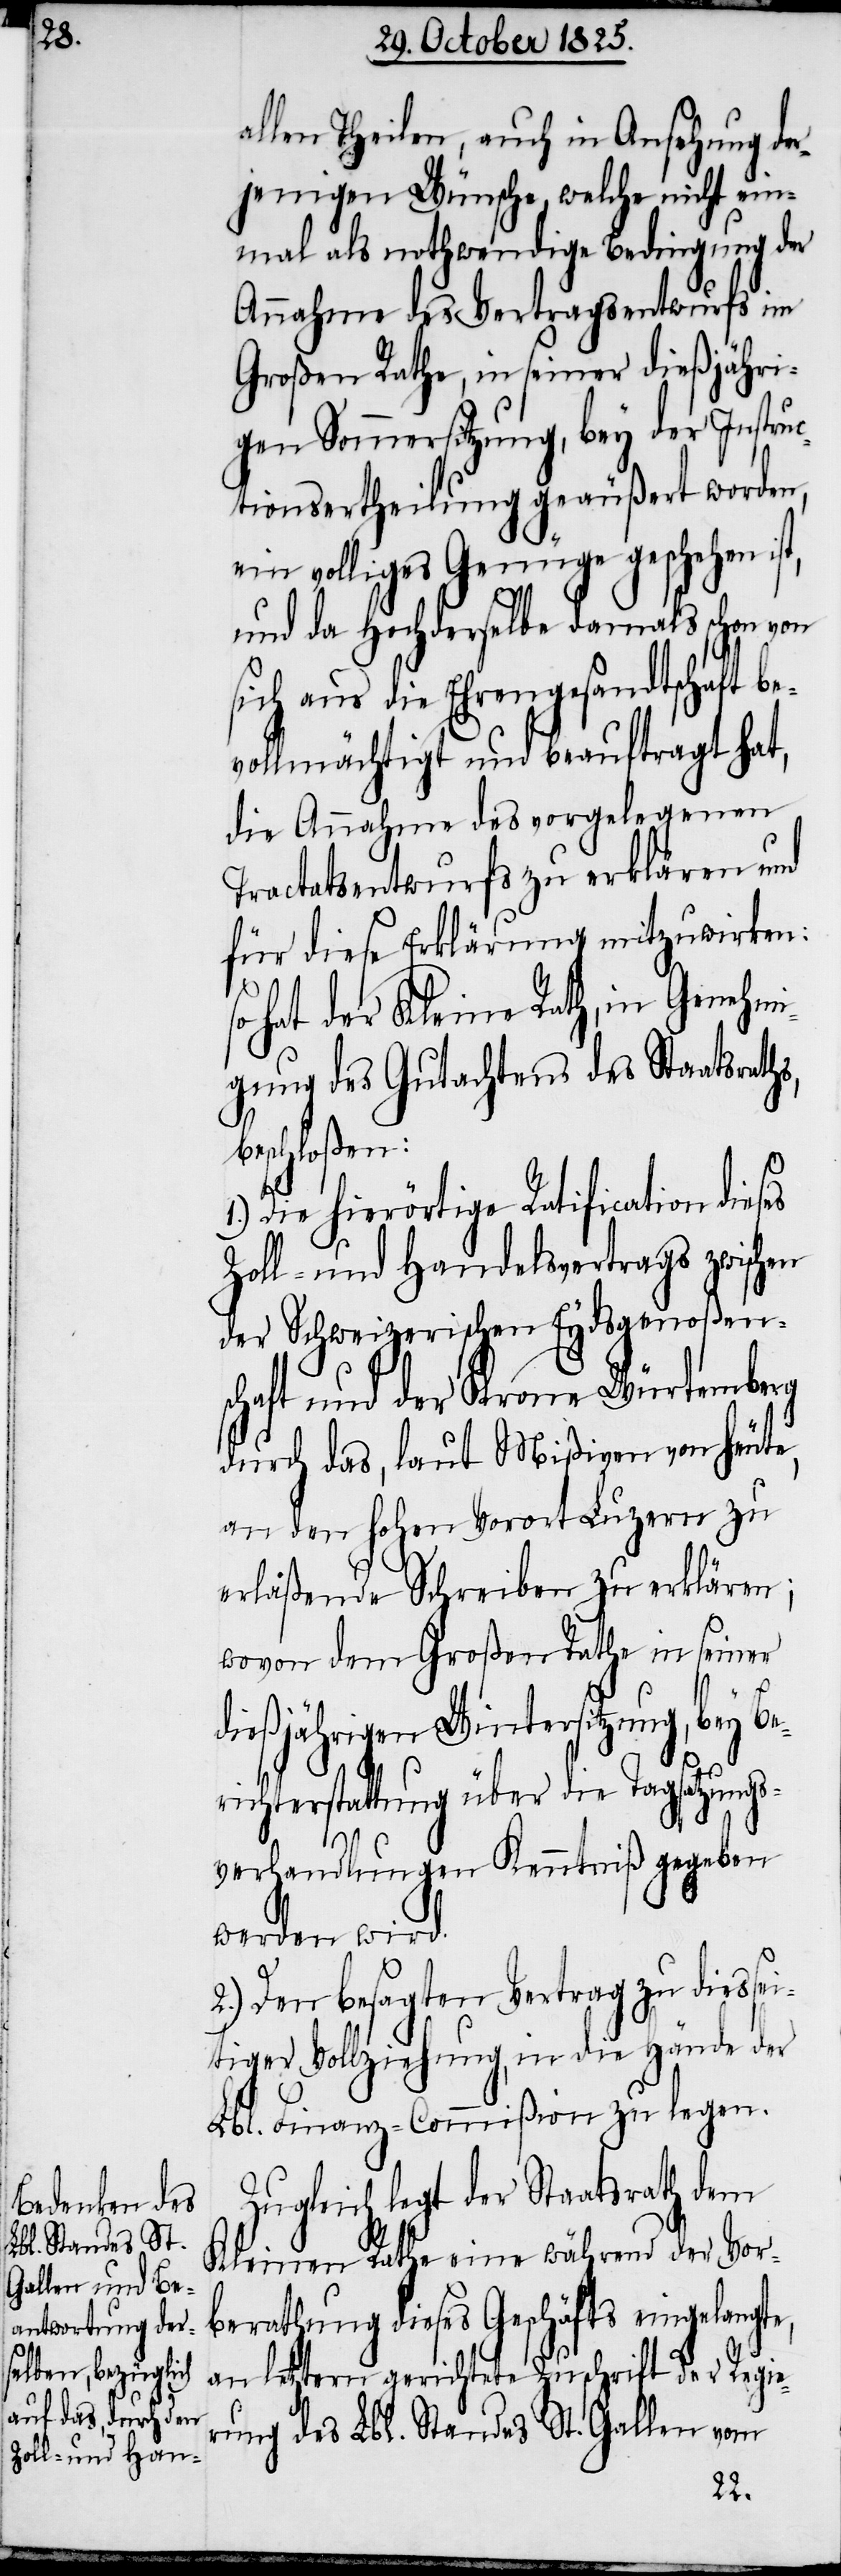
allen Theilen, auch in Ansehung der¬
jenigen Wünsche, welche nicht ein¬
mal als nothwendige Bedingung der
Annahme des Vertragsentwurfs im
Großen Rathe, in seiner dießjähri¬
gen Sommersitzung, bey der Instruc¬
tionsertheilung geäußert worden,
ein volliges Genüge geschehen
und da Hochderselbe dermals schon von
sich aus die Ehrengesandtschaft be¬
vollmächtigt und beauftragt hat,
die Annahme des vorgelegenen
Tractatsentwurfs zu erklären und
für diese Erklärung mitzuwirken:
hat der Kleine Rath, in Genehmi¬
gung des Gutachtens des Staatsraths,
beschloßen:
Die hierörtige Ratification dies¬
Zoll- und Handelsvertrags zwischen
der Schweizerischen Eydsgenoßen¬
schaft und der Krone Würtemberg
durch das, laut Mißiven von heute,
an den hohen Vorort Luzern zu
erlaßende Schreiben zu erklären;
wovon dem Großen Rathe in seiner
dießjährigen Wintersitzung, bey B¬
richterstattung über die Tagsatzungs¬
e¬
verhandlungen Kenntniß gegeben
werden wird.
2.) Den besagten Vertrag zu diessei¬
tiger Vollziehung, in die Hände der
Lbl. Finanz-Commißion zu legen.
Zugleich legt der Staatsrath dem
Kleinen Rathe eine während der Vor¬
berathung dieses Geschäfts eingelangte,
an letztern gerichtete Zuschrift der Regie¬
rung des Lbl. Standes St. Gallen vom